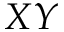
X Y